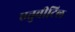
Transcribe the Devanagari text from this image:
एत्तुवीटिल